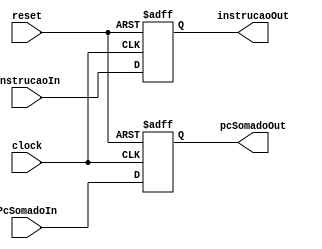


module RegistradorPipeLineIFID (clock,reset,instrucaoIn,PcSomadoIn,instrucaoOut,pcSomadoOut);

//entradas deste modulo
input clock;
input reset;
input [31:0] instrucaoIn;
input [31:0] PcSomadoIn;

//saidas deste modulo 
output reg [31:0] instrucaoOut;
output reg [31:0] pcSomadoOut;


always @(negedge clock or posedge  reset) // quando o clock subir de borda...
begin

   instrucaoOut <= instrucaoIn;
   pcSomadoOut <= PcSomadoIn;   

  if(reset) begin // quando ativar reset....

   instrucaoOut <= 32'b00000000000000000000000000000000;
   pcSomadoOut <= 32'b00000000000000000000000000000000; 
   
  end    
end


endmodule